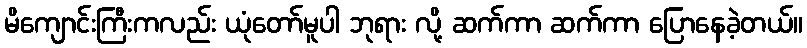
မိကျောင်းကြီးကလည်း ယုံတော်မူပါ ဘုရား လို့ ဆက်ကာ ဆက်ကာ ပြောနေခဲ့တယ်။